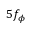
5 f _ { \phi }